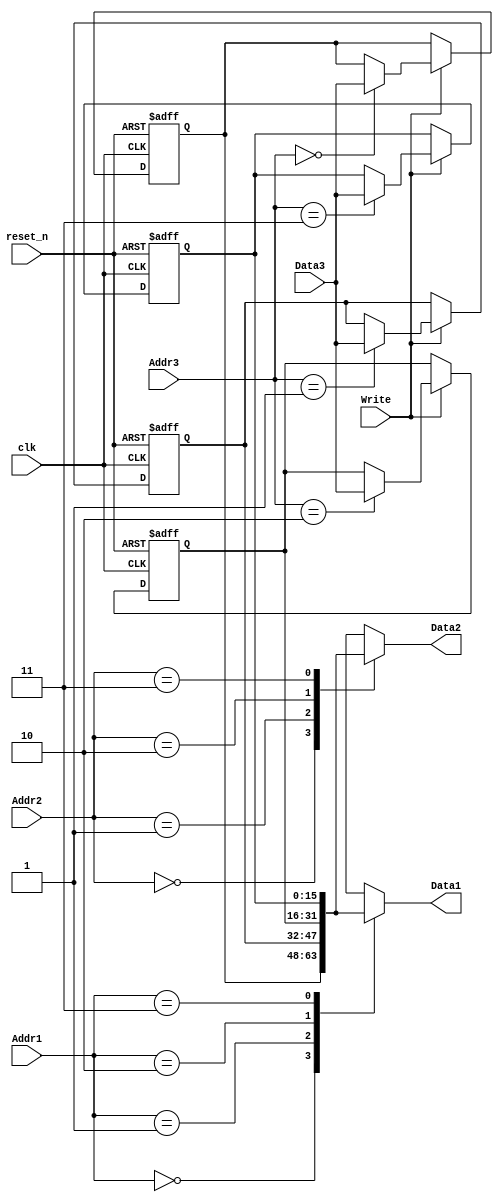
`timescale 1ns / 1ps

module RegisterFile(
    input [1:0] Addr1,
    input [1:0] Addr2,
    input [1:0] Addr3,
    
    output[15:0] Data1,
    output[15:0] Data2,
    input [15:0] Data3,
    
    input Write,
    input clk,
    input reset_n
);

    reg[15:0] register[3:0];

    assign Data1 = register[Addr1];
    assign Data2 = register[Addr2]; 
    
    always @ ( posedge clk, negedge reset_n )
    	if( !reset_n ) begin
    		register[0] = 16'b0;
    		register[1] = 16'b0;
    		register[2] = 16'b0;
    		register[3] = 16'b0;
    	end
    	else
		    if( Write )
				  register[Addr3] <= Data3;
endmodule